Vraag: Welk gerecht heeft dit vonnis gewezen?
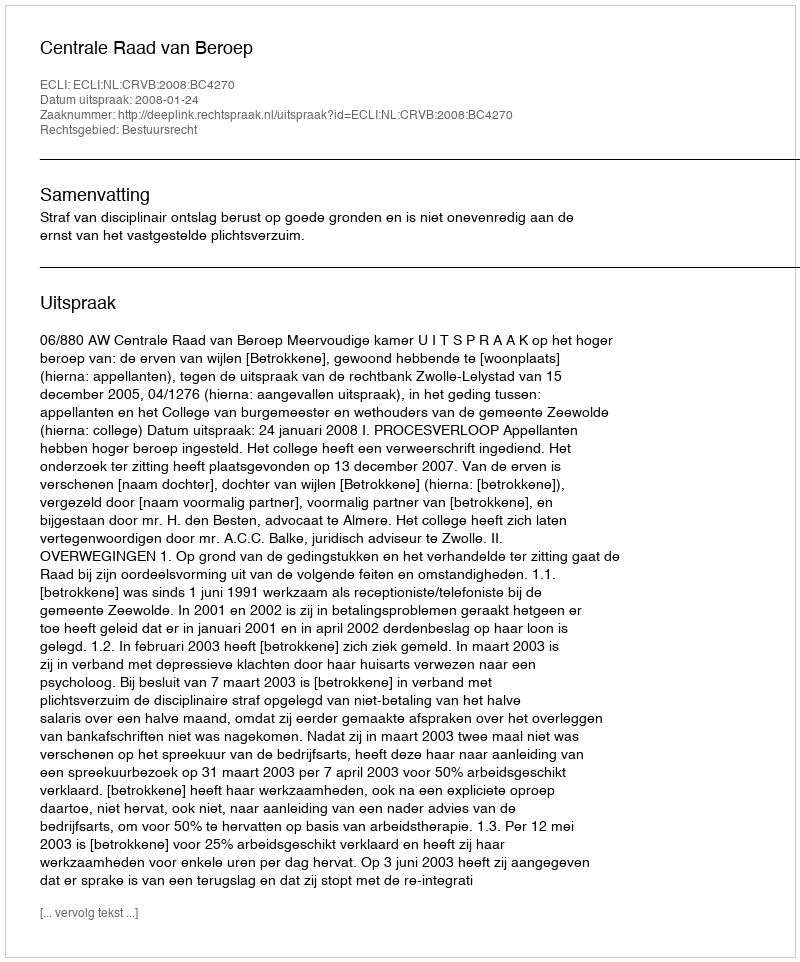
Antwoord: Centrale Raad van Beroep